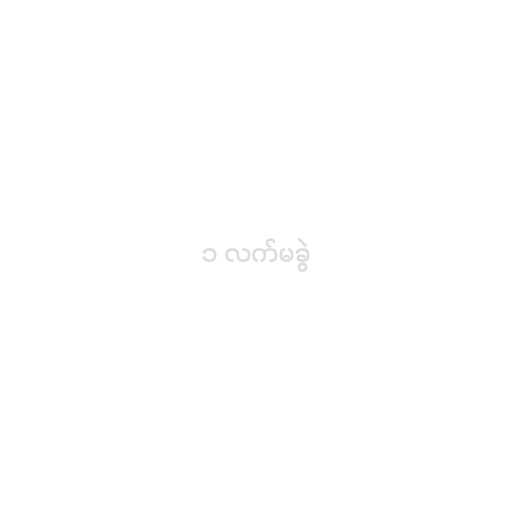
၁ လက်မခွဲ